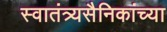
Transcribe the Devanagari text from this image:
स्वातंत्र्यसैनिकांच्या